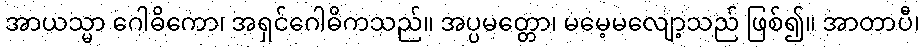
အာယသ္မာ ဂေါဓိကော၊ အရှင်ဂေါဓိကသည်။ အပ္ပမတ္တော၊ မမေ့မလျော့သည် ဖြစ်၍။ အာတာပီ၊